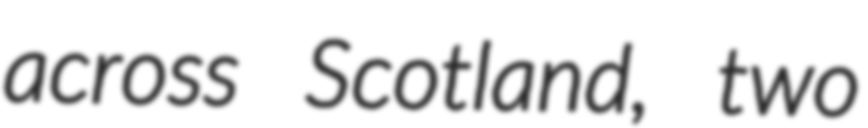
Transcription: across Scotland, two